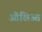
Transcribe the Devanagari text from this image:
ओसिआ